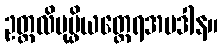
ဥတ္တလိပုပ္ဖိယတ္ထေရအပဒါန။